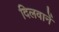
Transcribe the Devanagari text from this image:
दिलवानें